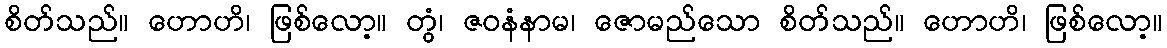
စိတ်သည်။ ဟောဟိ၊ ဖြစ်လော့။ တွံ၊ ဇဝနံနာမ၊ ဇောမည်သော စိတ်သည်။ ဟောဟိ၊ ဖြစ်လော့။